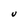
Character: V